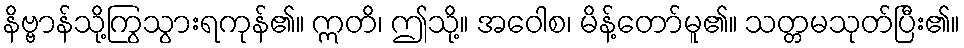
နိဗ္ဗာန်သို့ကြွသွားရကုန်၏။ ဣတိ၊ ဤသို့။ အဝေါစ၊ မိန့်တော်မူ၏။ သတ္တမသုတ်ပြီး၏။